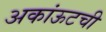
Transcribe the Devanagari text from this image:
अकांऊटची